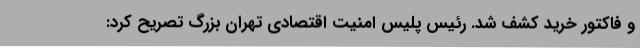
و فاکتور خرید کشف شد. رئیس پلیس امنیت اقتصادی تهران بزرگ تصریح کرد: